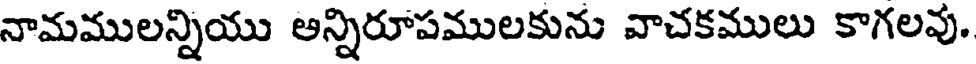
నామములన్నియు అన్నిరూపములకును వాచకములు కాగలవు.